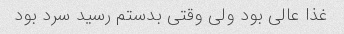
غذا عالی بود ولی وقتی بدستم رسید سرد بود